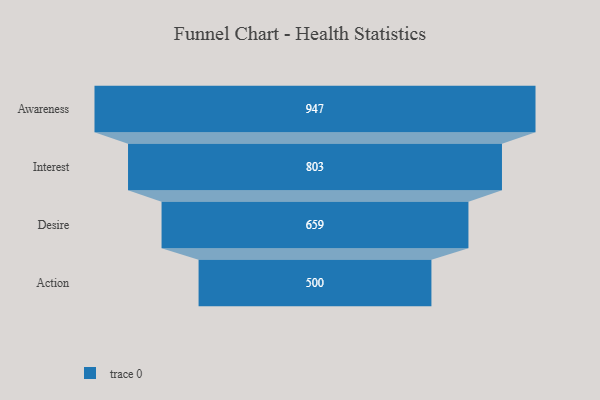
{"axis": {"x": "Stage", "y": "Value"}, "legend": [""], "data": [{"x": "Awareness", "y": 947.0, "type": ""}, {"x": "Interest", "y": 803.0, "type": ""}, {"x": "Desire", "y": 659.0, "type": ""}, {"x": "Action", "y": 500, "type": ""}]}